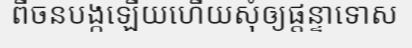
ពីចនបង្កឡើយហើយសុំឲ្យផ្តន្ទាទោស